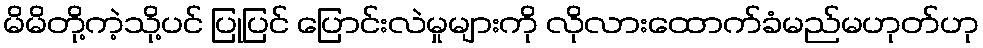
မိမိတို့ကဲ့သို့ပင် ပြုပြင် ပြောင်းလဲမှုများကို လိုလားထောက်ခံမည်မဟုတ်ဟု